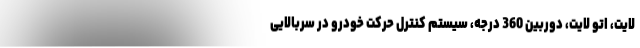
لایت، اتو لایت، دوربین 360 درجه، سیستم کنترل حرکت خودرو در سربالایی